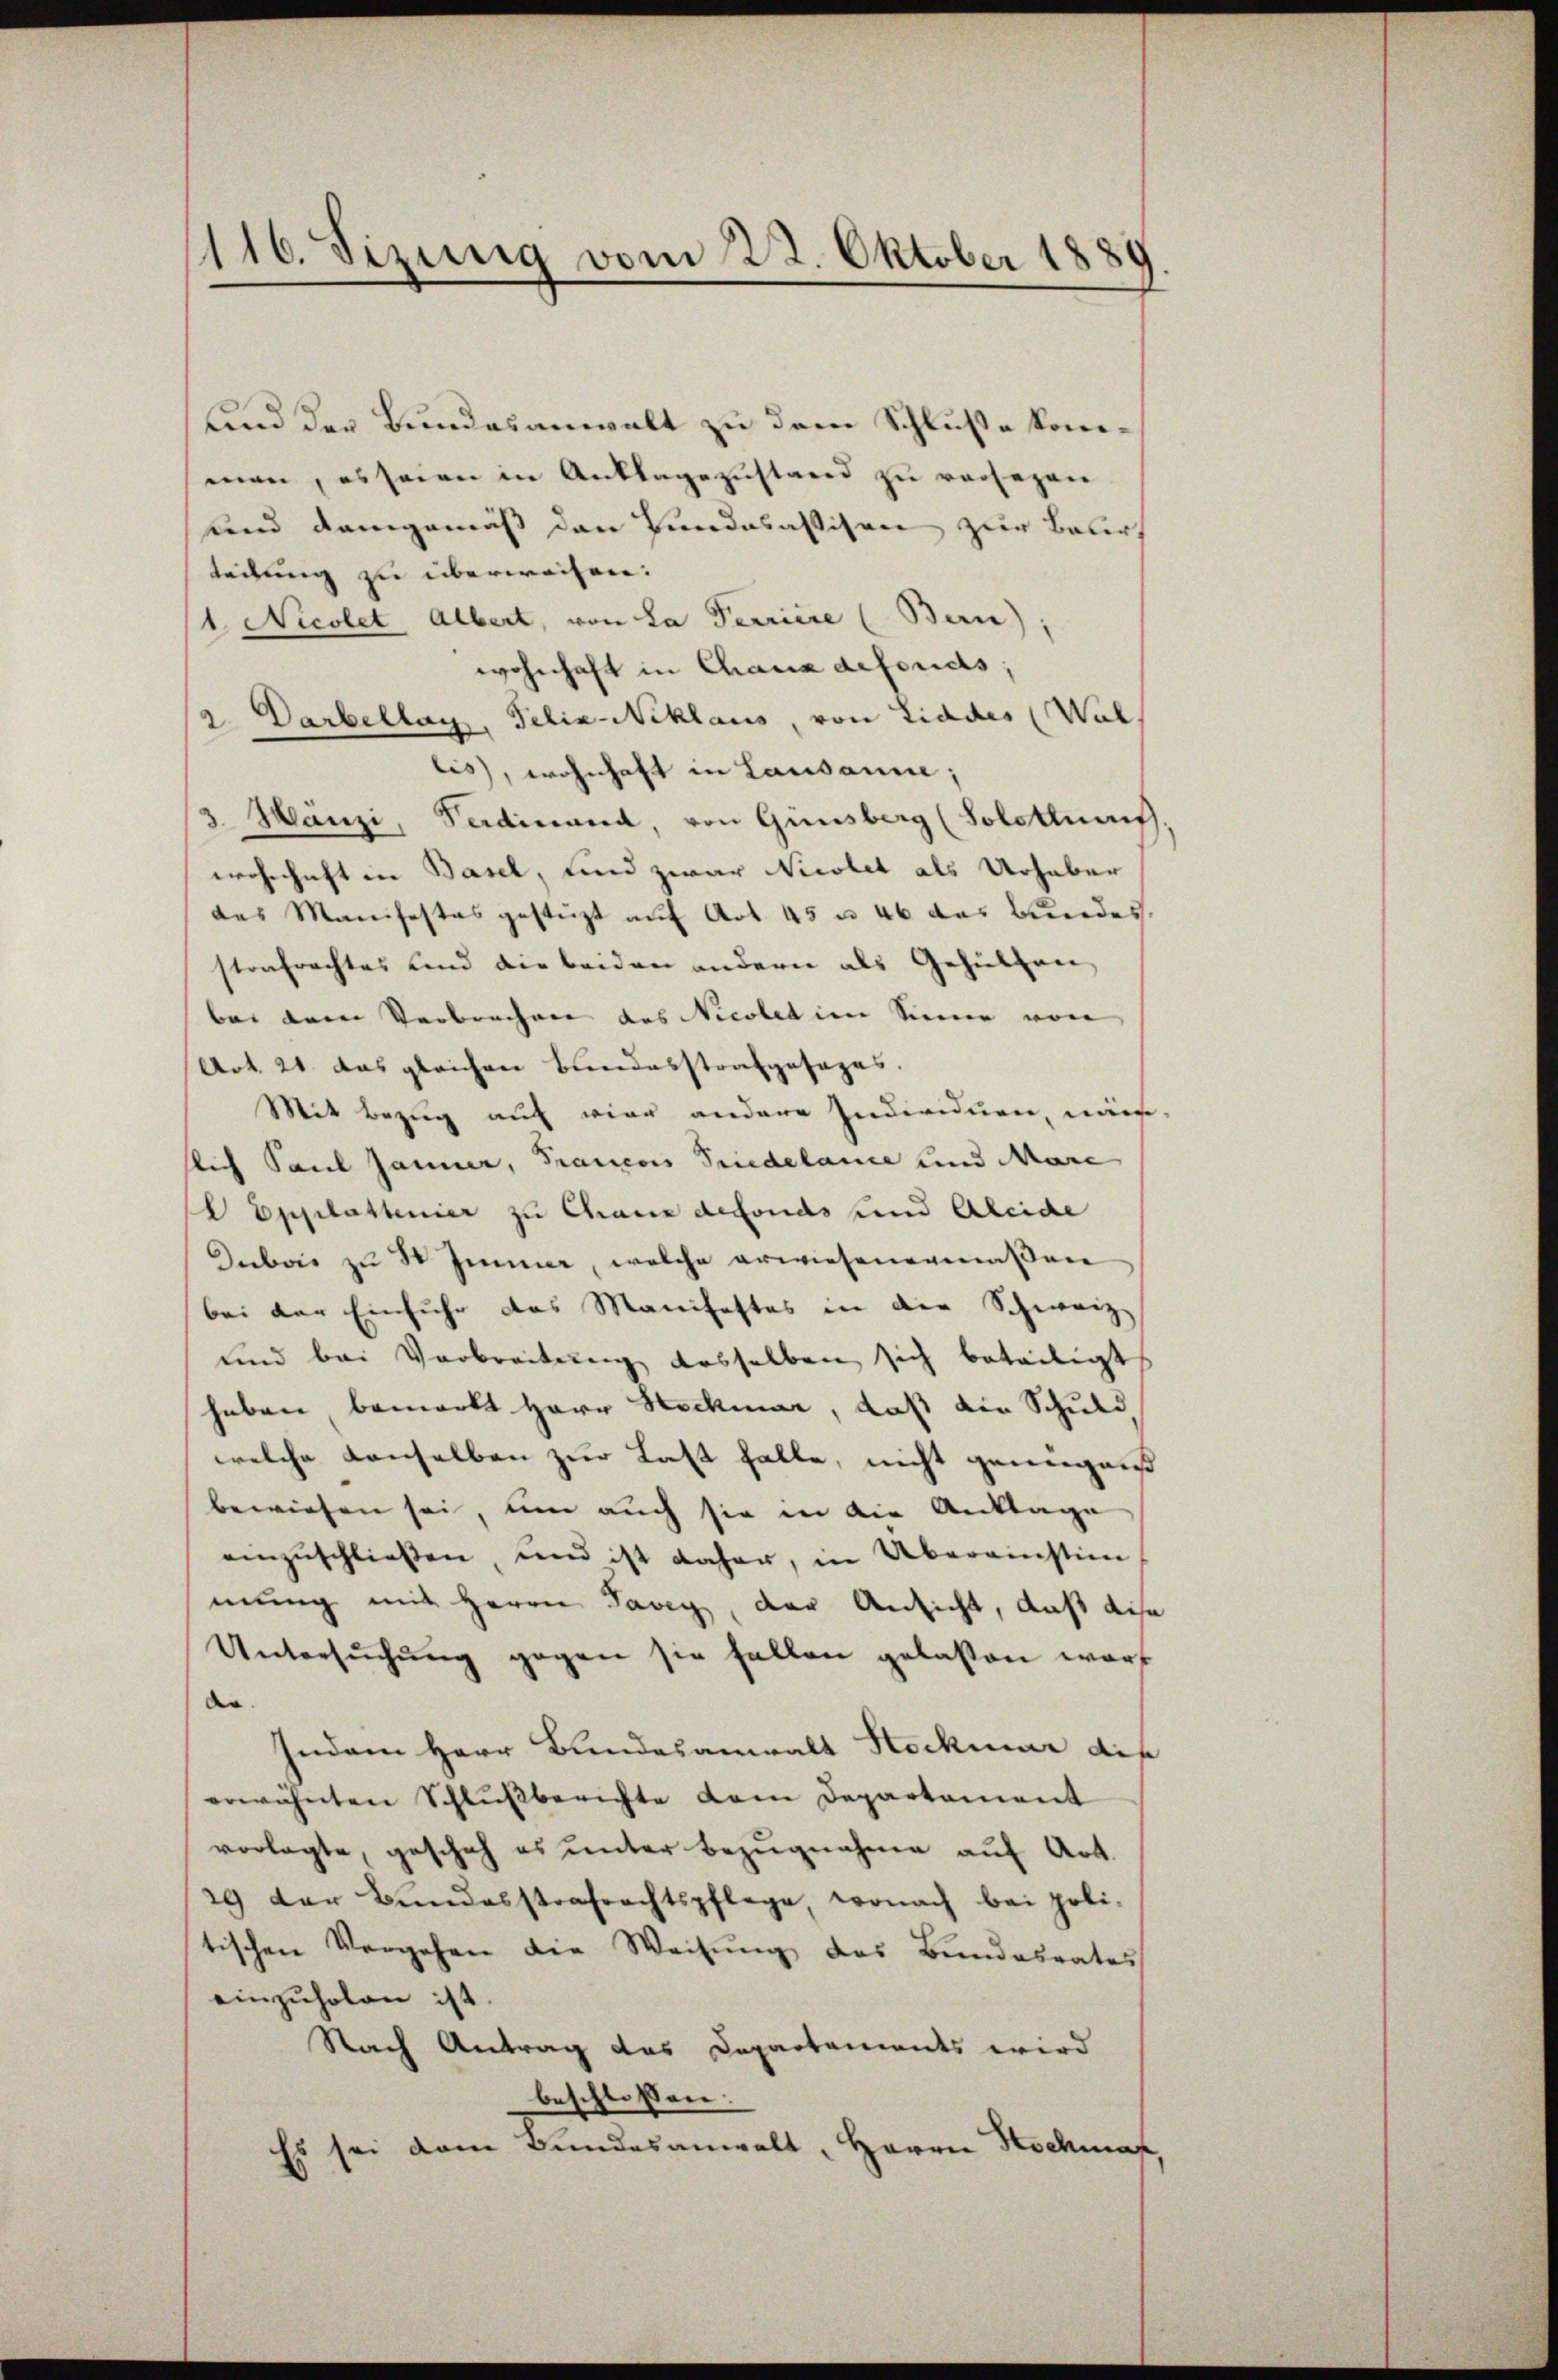
116. Sizung vom 22. Oktober 1889

und der Bundesanwalt zu dem Schluße komman, es seien in Anklagezustand zu versezen
und demgemäß den Bundesassison zur Belirt
leitung zu überweisen.
1. Nicolet Albert, von La Terriere (Bern),
wohnhaft in Chaux deferids;
2. Darbellag, Felix Niklaus, von Liddes (Wal
lis), wohnhaft in Lausanne;
3. Hänzi, Sardinand, von Ginsberg (Solothuris
wohnhaft in Basel, und zwar Nicolet als Urhaber
des Manifestes gestüzt auf Art. 45 u 46 das Bundes.
strafrechtes und die beiden andern als Gehülfen
bei dem Verbrechen des Nicolet im Sinne von
Art. 21. das gleichen Bundesstrafgesages.
Mit Bezug auf vier andere Individuen, näm-
flich Paul Jänner, Francois Friedelance und Mare
 Epplastenier zu Chang defonds und Gleiche
Dubois zu St. Immer, welche erwiesenermaßen
bei der Einfuhr das Manchaftes in die Schweiz
und bei Verbreitung desselben sich beteiligt
haben bemerkt Herr Hockmar, daß die Schuld
welche denselben zur Last falle, nicht genügnis
bewiesen sei, um auch sie in die Anklage
einzuschliessen und ist daher, in Übereinstien
mung mit Herrn Tavey, der Ansicht, daß die
Untersŭchŭng gegen sie fallen gelassen war
de
Indem Herr Bundesanwalt Stockmar diese
erwähnten Schlußberichte dem Departement
vorlegte, geschah es unter Bezugnahme auf Art.
29 der Bundesstrafrechtspflege, wonach bei poli-
tischen Vergehen die Weisŭng des Bundesrates
einzuholen ist.
Nach Antrag des Departements wird
beschlossen:
Es sei dem Bundesanwalt, Herrn Hochmaf,